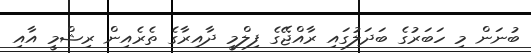
ބުނަން މި ހަބަރުގެ ބަދަލުގައި ރާއްޖޭގެ ފިލްމީ ދާއިރާގެ ތެރެއިން ރިޝްމީ އާއި